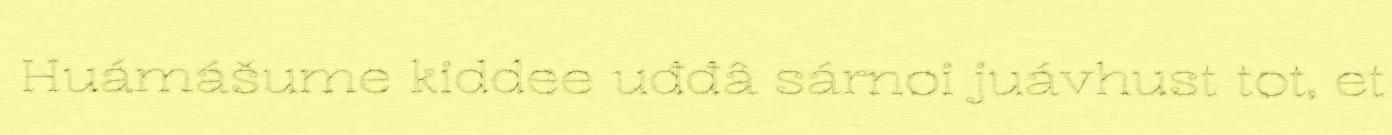
Huámášume kiddee uđđâ sárnoi juávhust tot, et